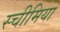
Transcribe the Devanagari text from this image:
स्चीमिया